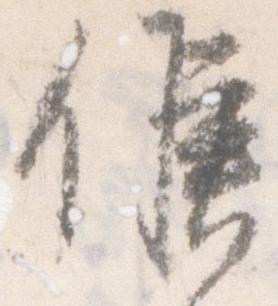
候